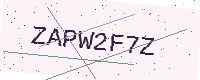
Text: ZAPW2F7Z